Annual report on the health of the army in India
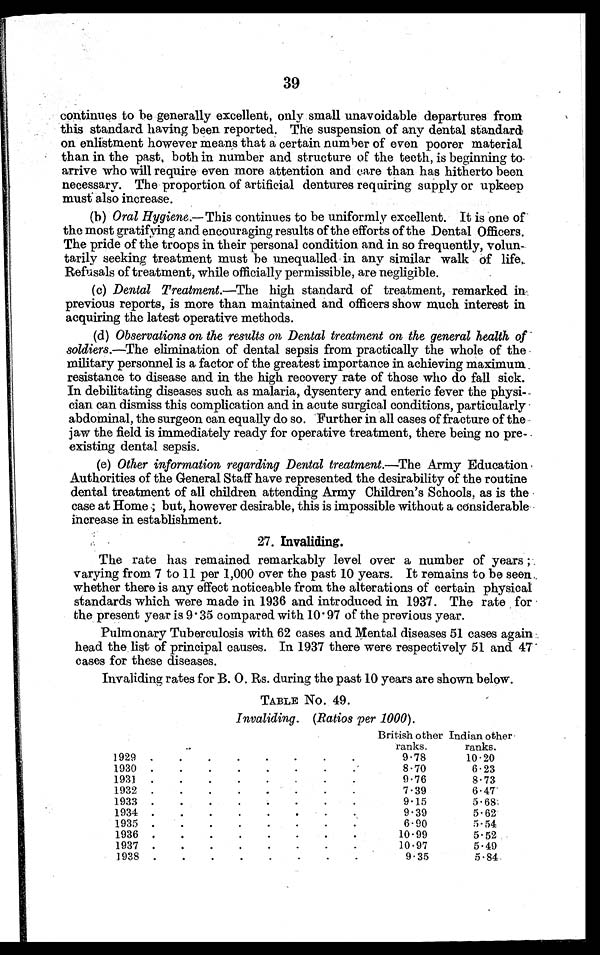
39
continues to be generally excellent, only small unavoidable departures from
this standard having been reported. The suspension of any dental standard
on enlistment however means that a certain number of even poorer material
than in the past, both in number and structure of the teeth, is beginning to
arrive who will require even more attention and care than has hitherto been
necessary. The proportion of artificial dentures requiring supply or upkeep
must also increase.
(b) Oral Hygiene.— This continues to be uniformly excellent. It is one of
the most gratifying and encouraging results of the efforts of the Dental Officers.
The pride of the troops in their personal condition and in so frequently, volun-
tarily seeking treatment must be unequalled in any similar walk of life,
Refusals of treatment, while officially permissible, are negligible.
(c) Dental Treatment.—The high standard of treatment, remarked in
previous reports, is more than maintained and officers show much interest in
acquiring the latest operative methods.
(d) Observations on the results on Dental treatment on the general health of
soldiers.—The elimination of dental sepsis from practically the whole of the
military personnel is a factor of the greatest importance in achieving maximum
resistance to disease and in the high recovery rate of those who do fall sick.
In debilitating diseases such as malaria, dysentery and enteric fever the physi-
cian can dismiss this complication and in acute surgical conditions, particularly
abdominal, the surgeon can equally do so. Further in all cases of fracture of the
jaw the field is immediately ready for operative treatment, there being no pre-
existing dental sepsis.
(e) Other information regarding Dental treatment.—The Army Education
Authorities of the General Staff have represented the desirability of the routine
dental treatment of all children attending Army Children's Schools, as is the
case at Home ; but, however desirable, this is impossible without a considerable
increase in establishment.
27. Invaliding.
The rate has remained remarkably level over a number of years ;
varying from 7 to 11 per 1,000 over the past 10 years. It remains to be seen
whether there is any effect noticeable from the alterations of certain physical
standards which were made in 1936 and introduced in 1937. The rate for
the present year is 9.35 compared with 10.97 of the previous year.
Pulmonary Tuberculosis with 62 cases and Mental diseases 51 cases again
head the list of principal causes. In 1937 there were respectively 51 and 47
cases for these diseases.
Invaliding rates for B. O. Rs. during the past 10 years are shown below.
TABLE No. 49.
Invaliding. (Ratios per 1000).
British other
ranks.
Indian other
ranks.
1929
.
.
.
.
.
.
.
.
9.78
10.20
1930
.
.
.
.
.
.
.
.'
8.70
6.23
1931
.
.
.
.
.
9.76
8.73
1932
.
.
.
.
.
.
.
.
7.39
6.47
1933
.
.
.
.
9.15
5.68:
1934
.
.
.
.
.
.
.
9.39
5 . 6 2
1935
.
.
.
.
.
.
.
6.90
5.54
1936
.
.
.
.
.
.
.
.
10.99
5.52
1937
.
.
.
.
.
.
.
.
10.97
5.49
1938
.
.
.
.
.
.
.
.
9.35
5.84.